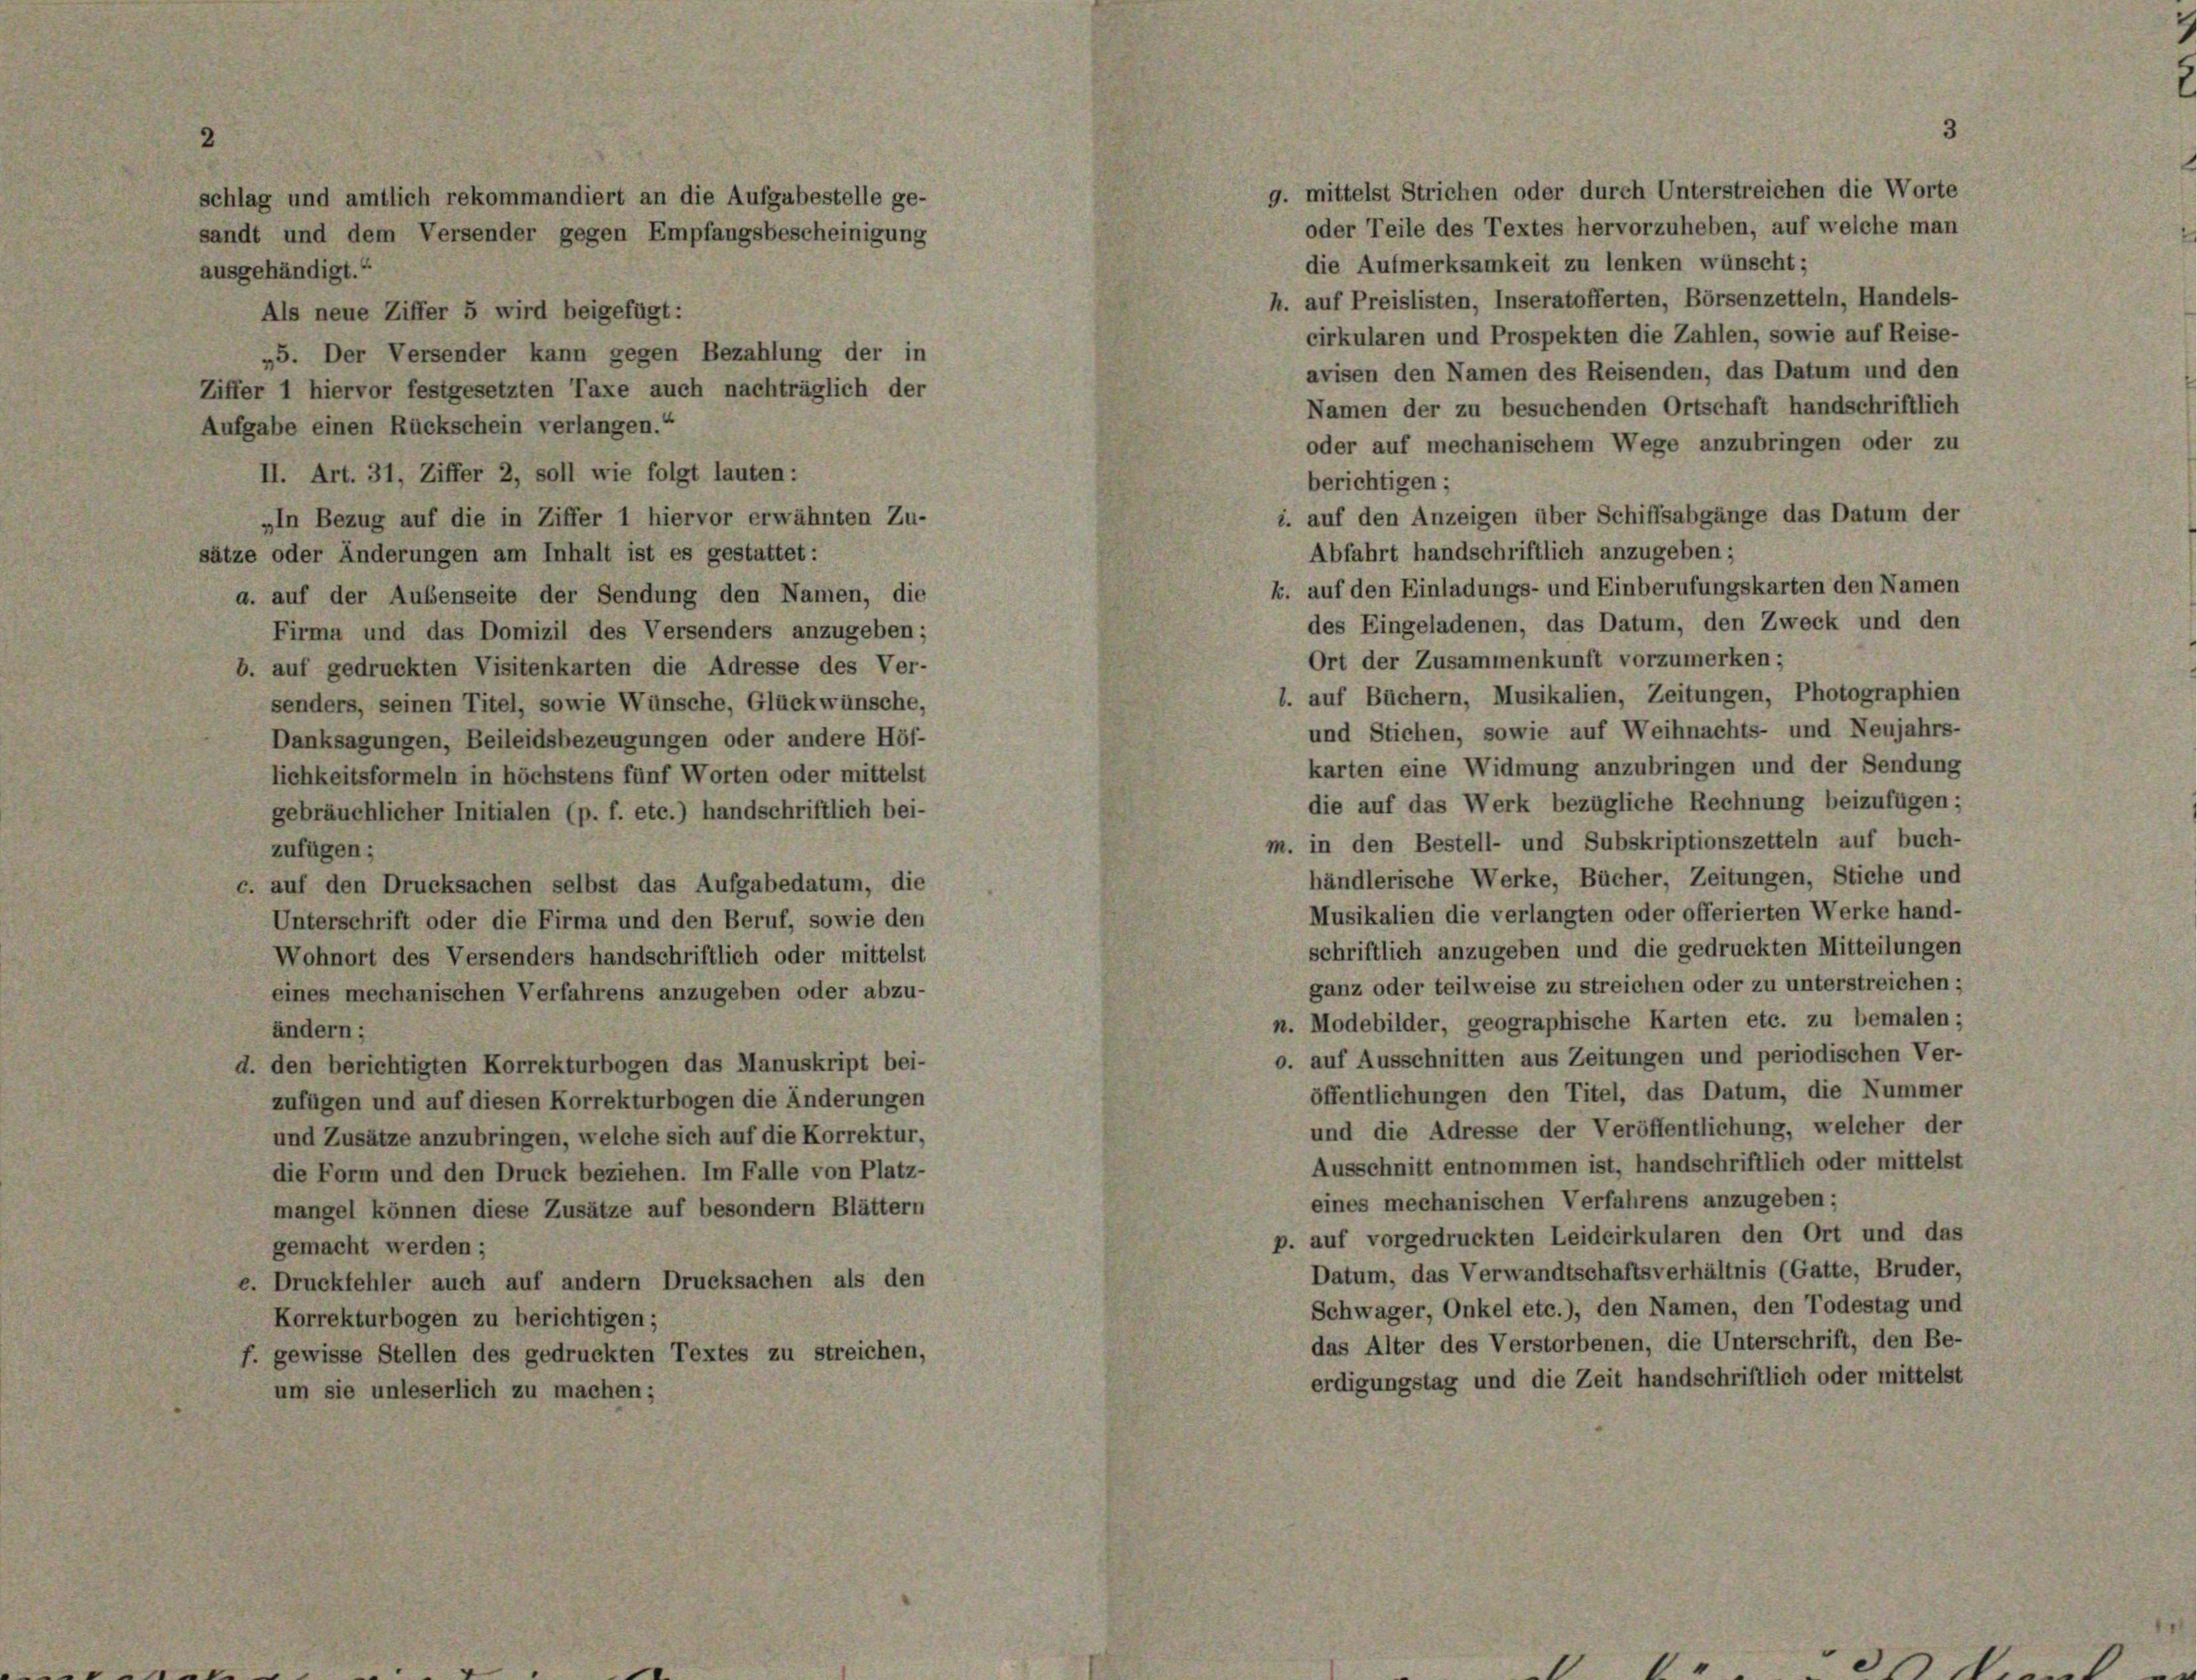
schlag und amtlich rekommandiert an die Aufgabestelle ge-
sandt und dem Versender gegen Empfangsbescheinigung
ausgehändigt.“
Als neue Ziffer 5 wird beigefügt:
„5. Der Versender kann gegen Bezahlung der in
Ziffer 1 hiervor festgesetzten Taxe auch nachträglich der
Aufgabe einen Rückschein verlangen.
II. Art. 31, Ziffer 2, soll wie folgt lauten:
„In Bezug auf die in Ziffer 1 hiervor erwähnten Zu-
sätze oder Änderungen am Inhalt ist es gestattet:
a. auf der Aufenseite der Sendung den Namen, die
Firma und das Domizil des Versenders anzugeben;
b. auf gedruckten Visitenkarten die Adresse des Ver-
senders, seinen Titel, sowie Wünsche, Glückwünsche,
Danksagungen, Beileidsbezeugungen oder andere Höf-
lichkeitsformeln in höchstens fünf Worten oder mittelst
gebräuchlicher Initialen (p. f. etc.) handschriftlich bei-
zufügen;
c. auf den Drucksachen selbst das Aufgabedatum, die
Unterschrift oder die Firma und den Beruf, sowie den
Wohnort des Versenders handschriftlich oder mittelst
eines mechanischen Verfahrens anzugeben oder abzu-
ändern;
d. den berichtigten Korrekturbogen das Manuskript bei-
zufügen und auf diesen Korrekturbogen die Änderungen
und Zusätze anzubringen, welche sich auf die Korrektur,
die Form und den Druck beziehen. Im Falle von Platz-
mangel können diese Zusätze auf besondern Blättern
gemacht werden;
e. Druckfehler auch auf andern Drucksachen als den
Korrekturbogen zu berichtigen;
f. gewisse Stellen des gedruckten Textes zu streichen,
um sie unleserlich zu machen;

g. mittelst Strichen oder durch Unterstreichen die Worte
oder Teile des Textes hervorzuheben, auf welche man
die Aufmerksamkeit zu lenken wünscht;
h. auf Preislisten, Inseratofferten, Börsenzetteln, Handels-
cirkularen und Prospekten die Zahlen, sowie auf Reise-
avisen den Namen des Reisenden, das Datum und den
Namen der zu besuchenden Ortschaft handschriftlich
oder auf mechanischem Wege anzubringen oder zu
berichtigen;
i. auf den Anzeigen über Schiffsabgänge das Datum der
Abfahrt handschriftlich anzugeben;
k. auf den Einladungs- und Einberufungskarten den Namen
des Eingeladenen, das Datum, den Zweck und den
Ort der Zusammenkunft vorzumerken;
l. auf Büchern, Musikalien, Zeitungen, Photographien
und Stichen, sowie auf Weihnachts- und Neujahrs-
karten eine Widmung anzubringen und der Sendung
die auf das Werk bezügliche Rechnung beizufügen;
m. in den Bestell- und Subskriptionszetteln auf buch-
händlerische Werke, Bücher, Zeitungen, Stiche und
Musikalien die verlangten oder offerierten Werke hand-
schriftlich anzugeben und die gedruckten Mitteilungen
ganz oder teilweise zu streichen oder zu unterstreichen;
n. Modebilder, geographische Karten etc. zu bemalen;
o. auf Ausschnitten aus Zeitungen und periodischen Ver-
öffentlichungen den Titel, das Datum, die Nummer
und die Adresse der Veröffentlichung, welcher der
Ausschnitt entnommen ist, handschriftlich oder mittelst
eines mechanischen Verfahrens anzugeben;
p. auf vorgedruckten Leidcirkularen den Ort und das
Datum, das Verwandtschaftsverhältnis (Gatte, Bruder,
Schwager, Onkel etc.), den Namen, den Todestag und
das Alter des Verstorbenen, die Unterschrift, den Be-
erdigungstag und die Zeit handschriftlich oder mittelst